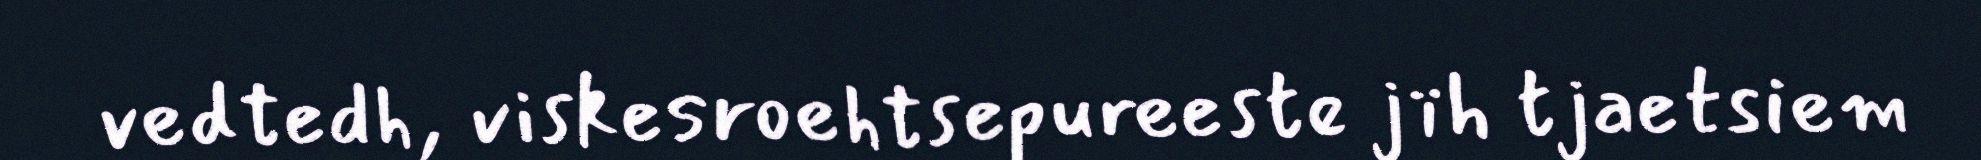
vedtedh, viskesroehtsepureeste jïh tjaetsiem